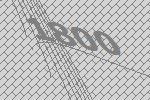
1800